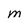
Character: M